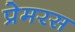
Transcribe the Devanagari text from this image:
प्रेमरस